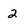
Character: 2